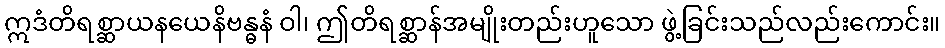
ဣဒံတိရစ္ဆာယနယေနိဗန္ဓနံ ဝါ၊ ဤတိရစ္ဆာန်အမျိုးတည်းဟူသော ဖွဲ့ခြင်းသည်လည်းကောင်း။